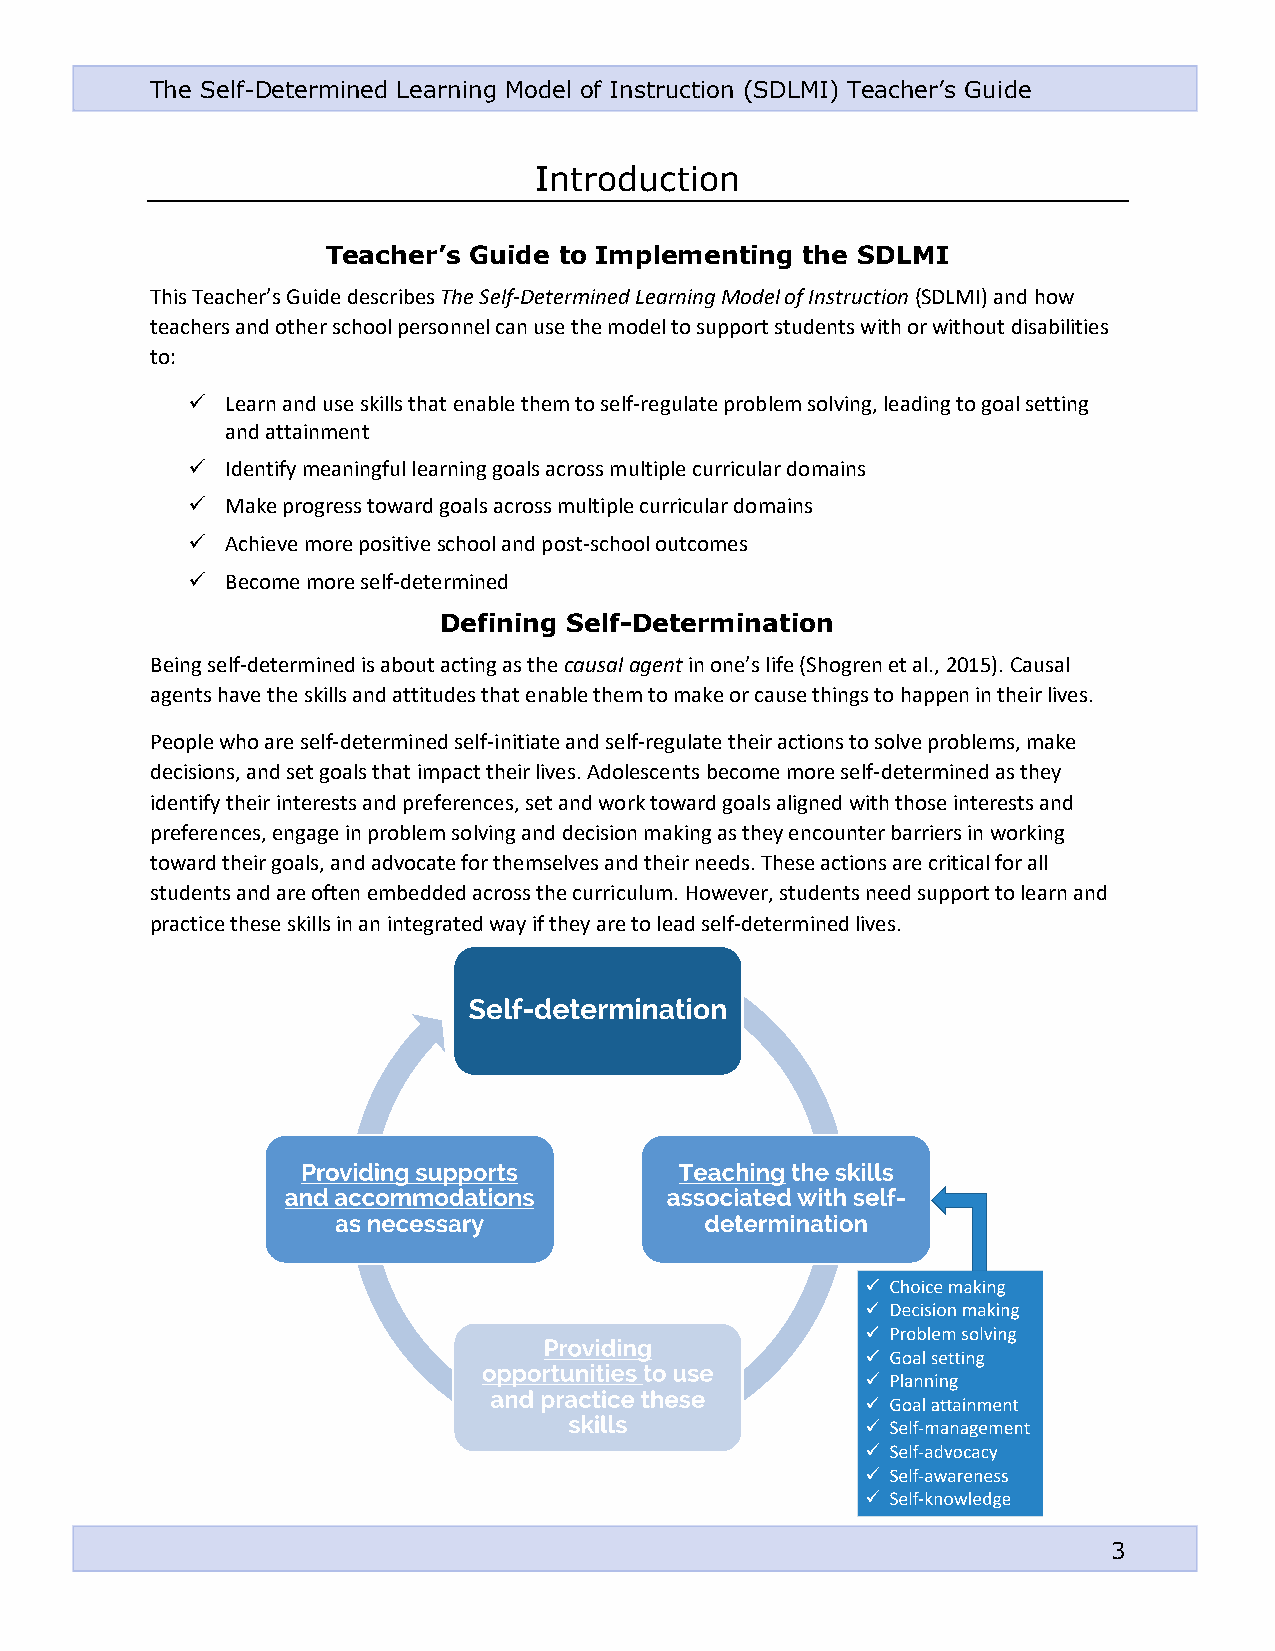
The Self-Determined Learning Model of Instruction (SDLMI) Teacher’s Guide
 Introduction
 Teacher’s Guide to Implementing the SDLMI
 This Teacher’s Guide describes The Self-Determined Learning Model of Instruction (SDLMI) and how
 teachers and other school personnel can use the model to support students with or without disabilities
 to:
 ✓  Learn and use skills that enable them to self-regulate problem solving, leading to goal setting
 and attainment
 ✓  Identify meaningful learning goals across multiple curricular domains
 ✓  Make progress toward goals across multiple curricular domains
 ✓  Achieve more positive school and post-school outcomes
 ✓  Become more self-determined
 Defining Self-Determination
 Being self-determined is about acting as the causal agent in one’s life (Shogren et al., 2015). Causal
 agents have the skills and attitudes that enable them to make or cause things to happen in their lives.
 People who are self-determined self-initiate and self-regulate their actions to solve problems, make
 decisions, and set goals that impact their lives. Adolescents become more self-determined as they
 identify their interests and preferences, set and work toward goals aligned with those interests and
 preferences, engage in problem solving and decision making as they encounter barriers in working
 toward their goals, and advocate for themselves and their needs. These actions are critical for all
 students and are often embedded across the curriculum. However, students need support to learn and
 practice these skills in an integrated way if they are to lead self-determined lives.
 3